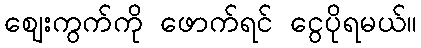
ဈေးကွက်ကို ဖောက်ရင် ငွေပိုရမယ်။